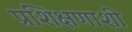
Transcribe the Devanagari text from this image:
प्रशिक्षणाशी